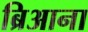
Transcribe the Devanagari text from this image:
ब्रिआना